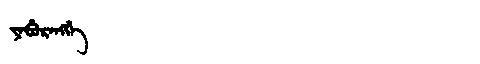
Manchu: ᠶᠠᠪᡠᡵᠠᠩᡤᡝ
Romanization: YABURANGGE